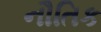
નૌતિક